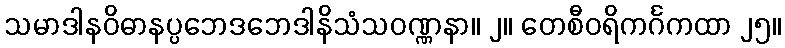
သမာဒါနဝိဓာနပ္ပဘေဒဘေဒါနိသံသဝဏ္ဏနာ။ ၂။ တေစီဝရိကင်္ဂကထာ ၂၅။